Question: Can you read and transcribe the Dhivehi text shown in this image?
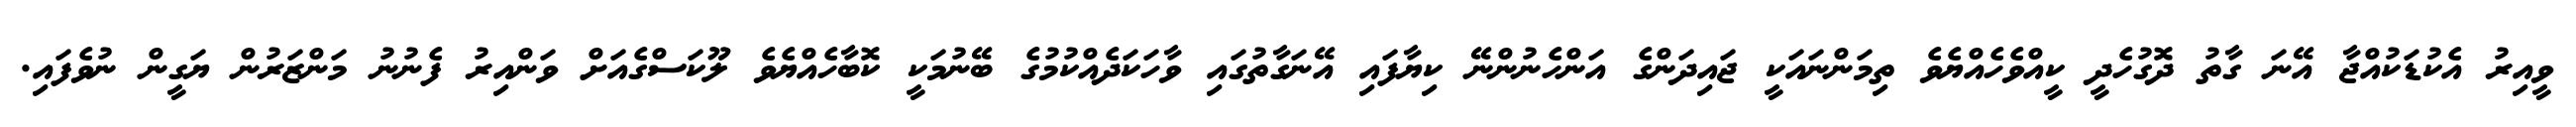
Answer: ވީއިރު އެކުޑަކުއްޖާ އޭނަ ގާތު ދޮގުހެދީ ކީއްވެހެއްޔެވެ ތިމަންނައަކީ ޖައިދަންގެ އަންހެނުންނޭ ކިޔާފައި އޭނަގާތުގައި ވާހަކަދެއްކުމުގެ ބޭނުމަކީ ކޮބާހެއްޔެވެ ލޫކަސްގެއަށް ވަންއިރު ފެނުނު މަންޒަރުން ޔަގީން ނުވެފައި.